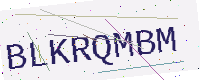
Text: BLKRQMBM